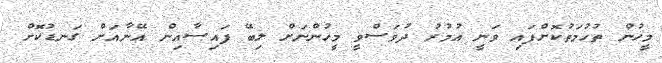
މީހުން ތުހުމަތުކޮށްފައި ވަނީ އުމުރު ދުވަސްވީ މީހުންނަށް ލިބޭ ފައިސާއިން އޭނާއަށް ގަނޑުކޮށް